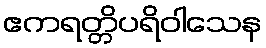
ဧကရတ္တိပရိဝါသေန